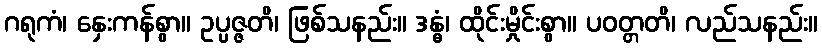
ဂရုကံ၊ နှေးကန်စွာ။ ဥပ္ပဇ္ဇတိ၊ ဖြစ်သနည်း။ ဒန္ဓံ၊ ထိုင်းမှိုင်းစွာ။ ပဝတ္တတိ၊ လည်သနည်း။